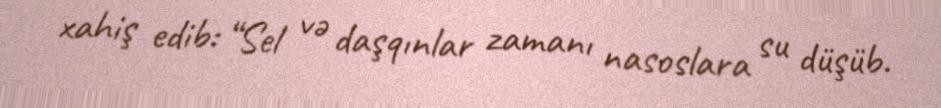
xahiş edib: “Sel və daşqınlar zamanı nasoslara su düşüb.